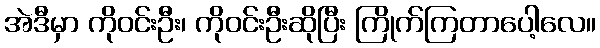
အဲဒီမှာ ကိုဝင်းဦး၊ ကိုဝင်းဦးဆိုပြီး ကြိုက်ကြတာပေါ့လေ။